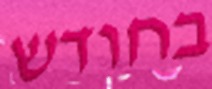
בחודש